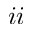
i i